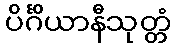
ပိင်္ဂိယာနီသုတ္တံ